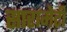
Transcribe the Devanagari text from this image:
सारामेटी